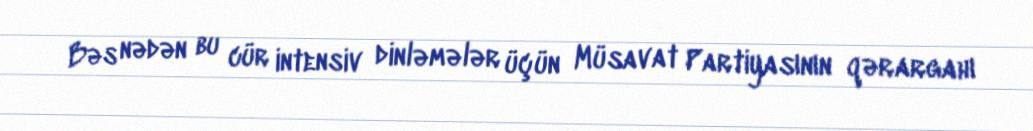
Bəs nədən bu cür intensiv dinləmələr üçün Müsavat Partiyasının qərargahı